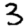
Digit: 3